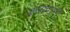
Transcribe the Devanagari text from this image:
करवाएंगी